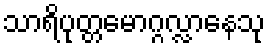
သာရိပုတ္တမောဂ္ဂလ္လာနေသု